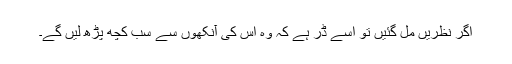
اگر نظریں مل گئیں تو اُسے ڈر ہے کہ وہ اُس کی آنکھوں سے سب کچھ پڑھ لیں گے۔